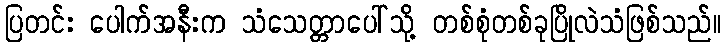
ပြတင်း ပေါက်အနီးက သံသေတ္တာပေါ်သို့ တစ်စုံတစ်ခုပြိုလဲသံဖြစ်သည်။